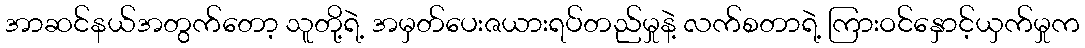
အာဆင်နယ်အတွက်တော့ သူတို့ရဲ့ အမှတ်ပေးဇယားရပ်တည်မှုနဲ့ လက်စတာရဲ့ ကြားဝင်နှောင့်ယှက်မှုက